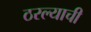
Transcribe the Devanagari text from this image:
ठरल्याची